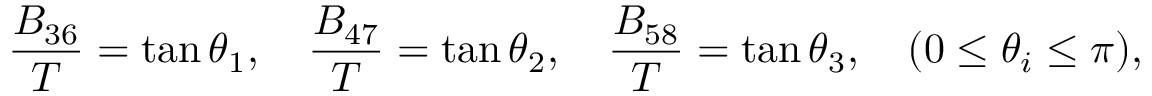
\frac { B _ { 3 6 } } { T } = \tan \theta _ { 1 } , \quad \frac { B _ { 4 7 } } { T } = \tan \theta _ { 2 } , \quad \frac { B _ { 5 8 } } { T } = \tan \theta _ { 3 } , \quad ( 0 \leq \theta _ { i } \leq \pi ) ,